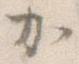
か